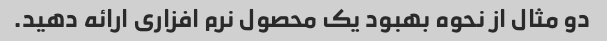
دو مثال از نحوه بهبود یک محصول نرم افزاری ارائه دهید.